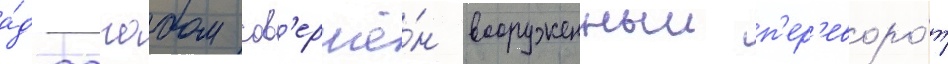
а́д-дагабом сов'ершё́н вооруженныи п'ер'еворо́т